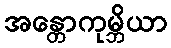
အန္တောကုမ္ဘိယာ